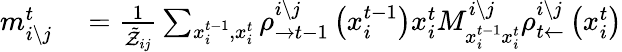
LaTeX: \begin{array}{rl}{m_{i\setminus j}^{t}}&{{}=\frac{1}{\tilde{\mathcal{Z}}_{ij}}\sum_{x_{i}^{t-1},x_{i}^{t}}\rho_{\rightarrow t-1}^{i\setminus j}\left(x_{i}^{t-1}\right)x_{i}^{t}M_{x_{i}^{t-1}x_{i}^{t}}^{i\setminus j}\rho_{t\leftarrow}^{i\setminus j}\left(x_{i}^{t}\right)}\end{array}